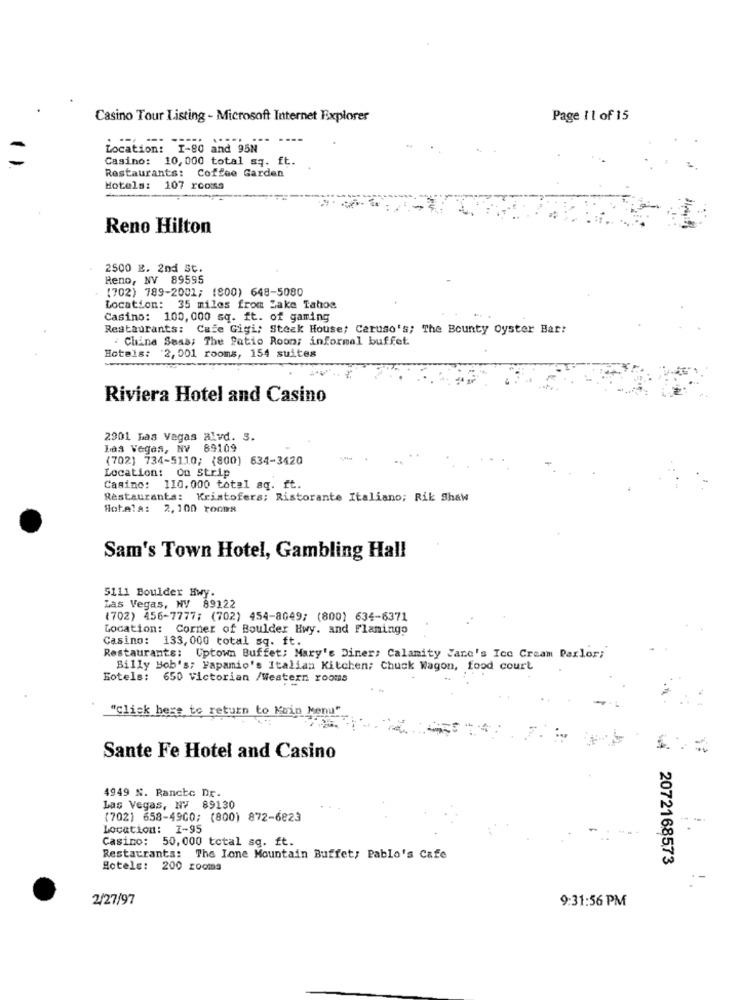
Casino Tour Listing - Microsoft Internet Explorer
Page 1 1 of 15
Location: I-80 and 95N
Casino: 10, 000 total sq. ft.
Restaurants: Coffee Garden
Hotels: 107 roomsa
Reno Hilton
2500 E. 2nd St.
Reno, NV 89595
(702) 789-2001; (800) 648-5080
Location: 35 miles from Lake Tahoe
Casino: 100, 000 sq. ft. of gaming
Restaurants: Cafe Gigi; Steak House; Caruso's; The Bounty Oyster Bar:
: China Seas; The Patio Room; informal buffet.
Hotels: 2,001 rooms, 154 suites
Riviera Hotel and Casino
2901 Las Vegas alvd. 3.
Las Vegas, NV 89109
(702) 734-5110; (800) 634-3420
Location: On strip
Casino: 110.000 total aq. ft.
Restaurants: Kristofers; Ristorante Italiano; Rik Shaw
Hotela: 2,100 rooms
Sam's Town Hotel, Gambling Hall
5111 Boulder Hwy.
Las Vegas, NV 89122
(702) 456-7777; (702) 454-8049; (800) 634-6371
Location: Corner of Boulder Hwy. and Flamingo
Casino: 133, 000 total sq. ft.
Restaurants: Uptown Buffet; Mary's Diner: Calamity Jane's Ice Cream Parlor;
Billy Bob's; Fapamio's Italian Kitchen; Chuck Wagon, food court
Sotels: 650 Victorian /Western rooms
"click here to return to Koin kenu"
Sante Fe Hotel and Casino
4949 N. Rancte Dr.
Las Vegas, NV 89130
(702) 658-4900; (800) 872-6823
Location: I-95
Casino: 50,000 total sq. ft.
Restaurants: The Ione Mountain Buffet, Pablo's Cafe
2072168573
Hotels: 200 rooms
2/27/97
9:31:56 PM